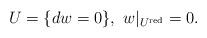
LaTeX: \begin{align*}U=\{dw=0\}, \ w|_{U^{\rm{red}}}=0.\end{align*}